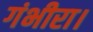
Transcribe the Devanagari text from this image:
गंभीरा।